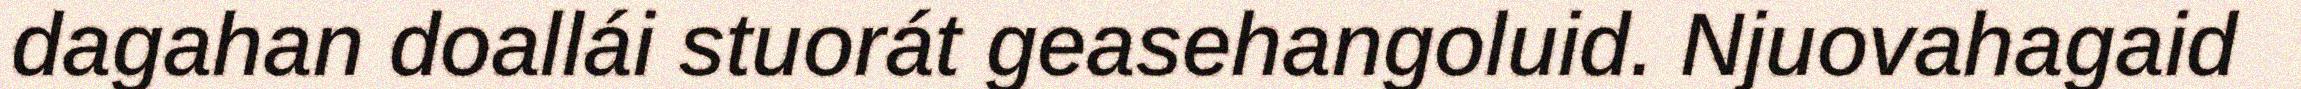
dagahan doallái stuorát geasehangoluid. Njuovahagaid